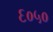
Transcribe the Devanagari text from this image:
६०५०